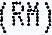
(RM)